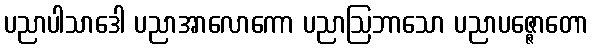
ပညာပါသာဒေါ ပညာအာလောကော ပညာဩဘာသော ပညာပဇ္ဇောတော